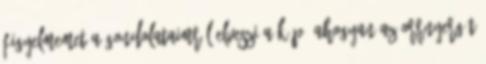
Figyelmemet a gondolataimról elveszi a kép, ahogyan az orrnyergét